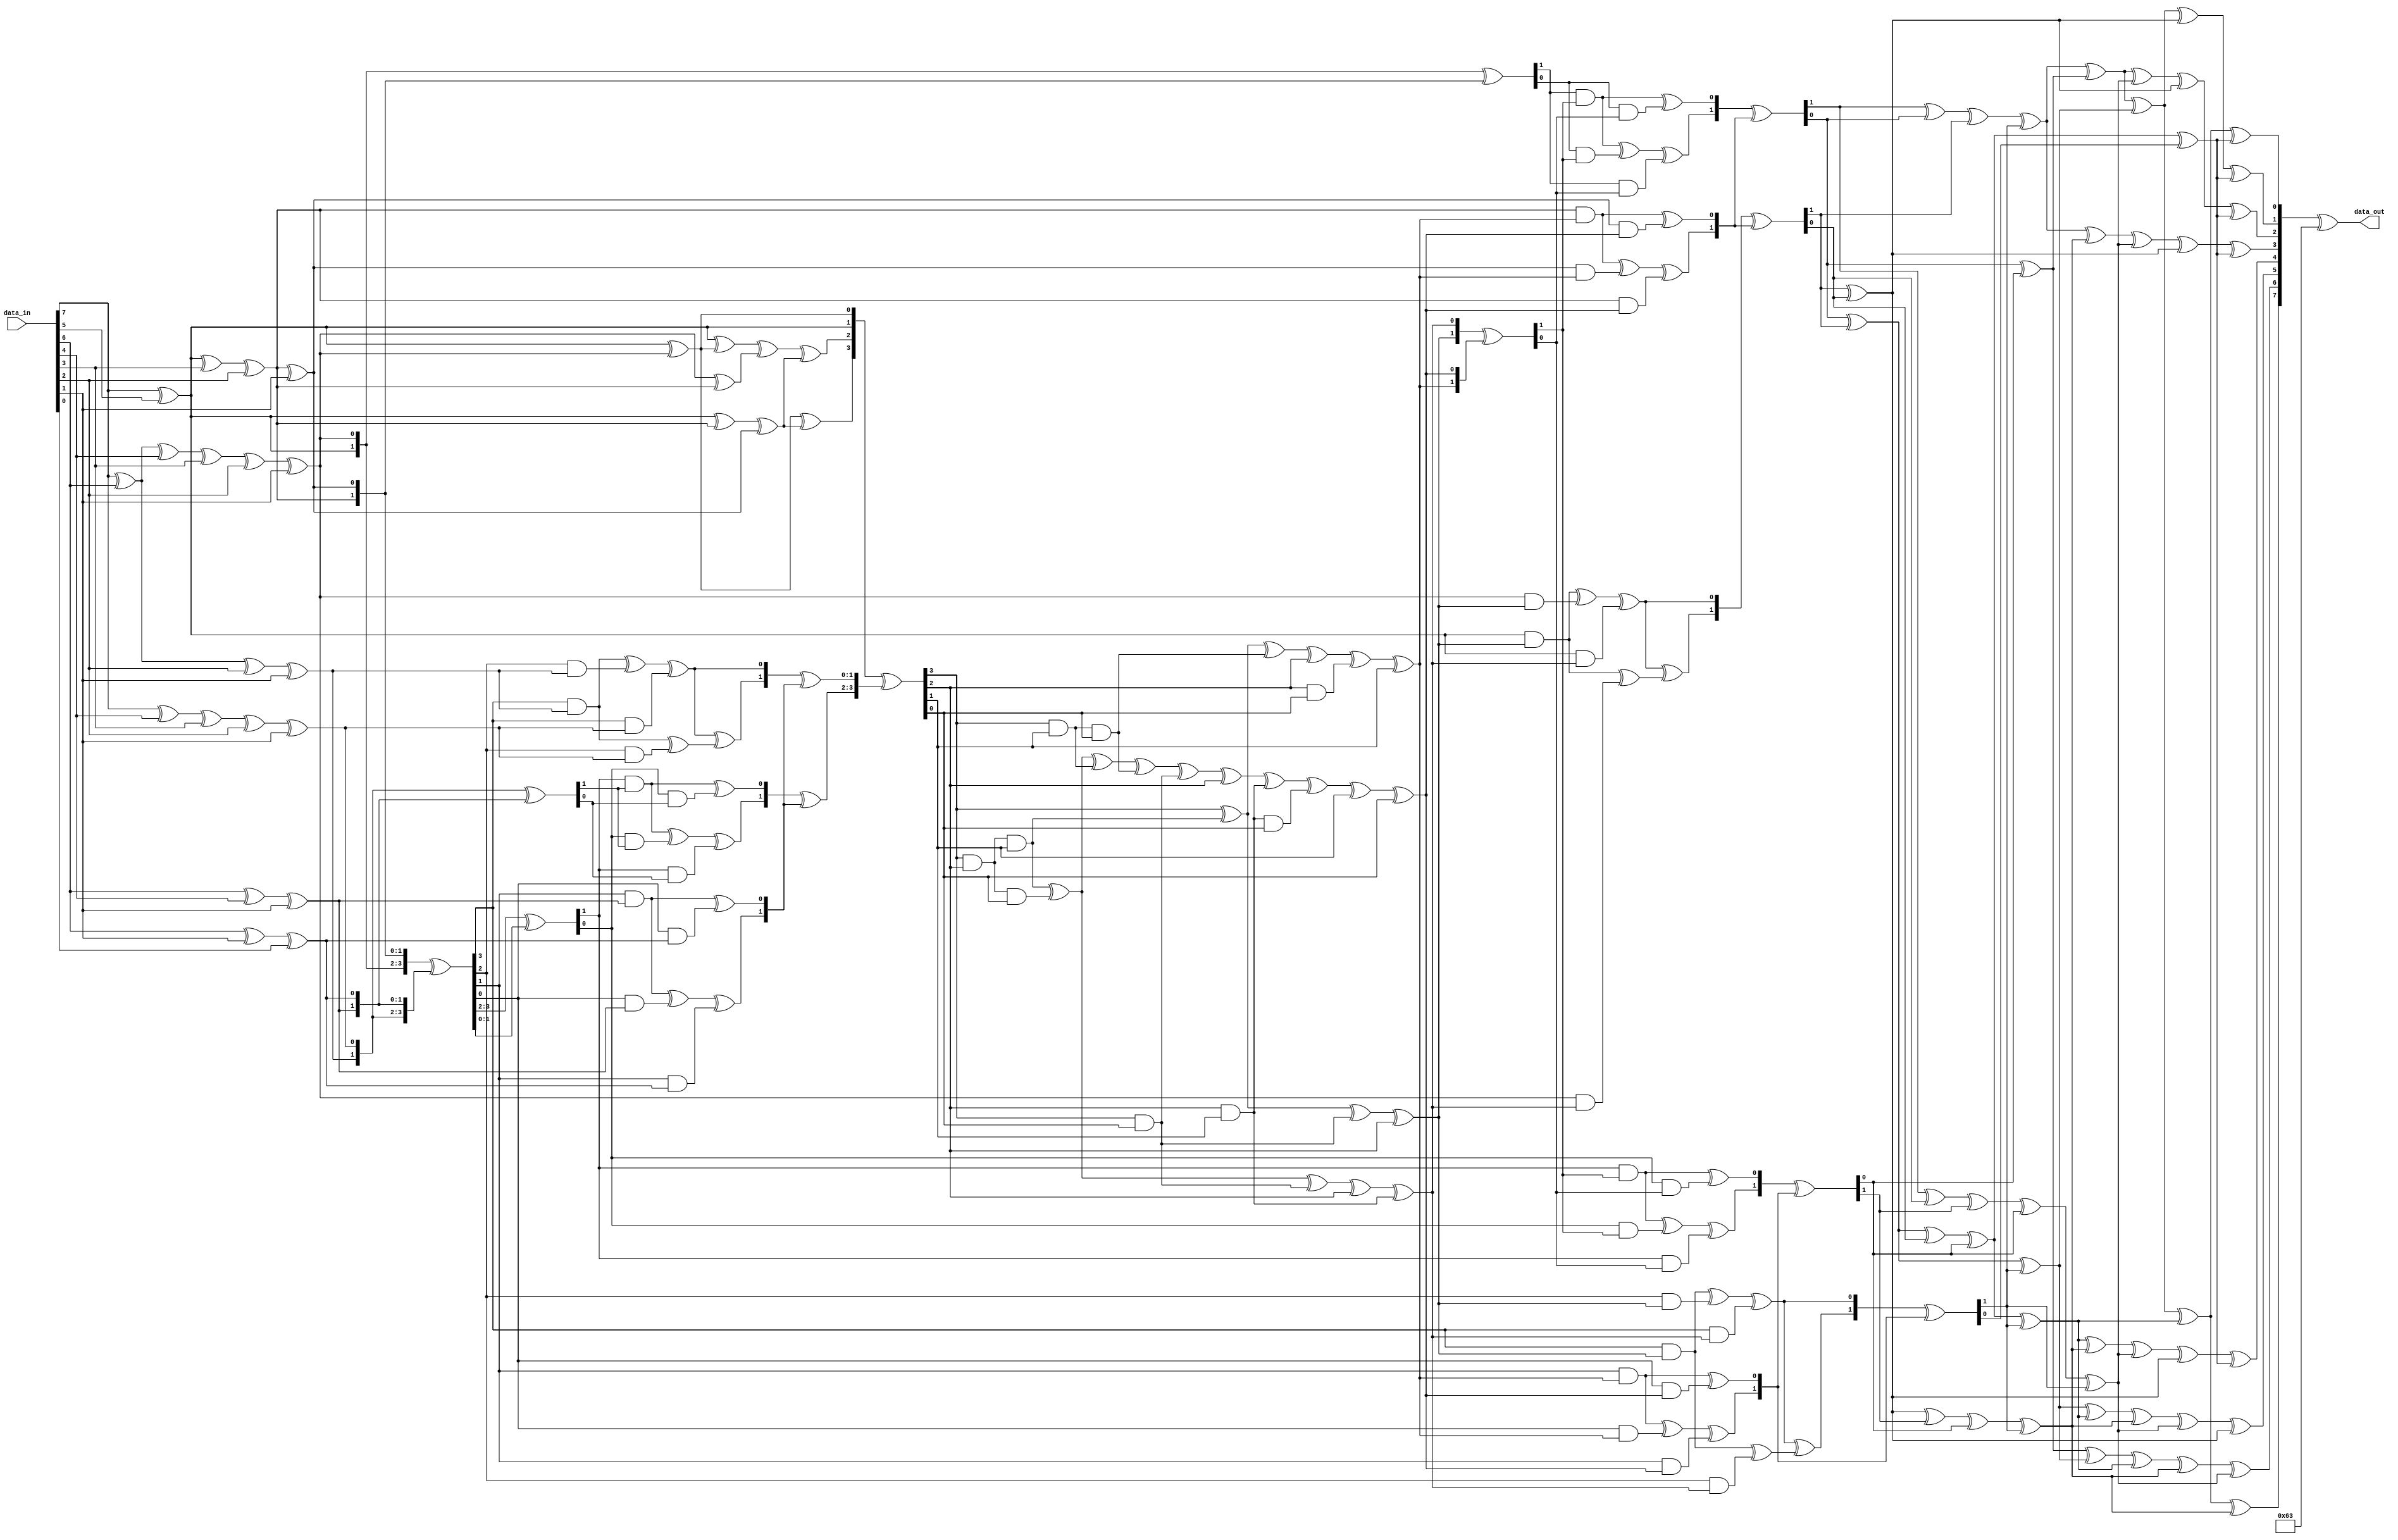
// Milos Trbic
// AES Capstone - Joseph Decuir
// Updated: 9/16/2020
// Lower level Subbyte Module. This function will conduct the byte substitution operation
// of AES encrypt on a single byte (8-bits) of data using purely logic rather than LUT
//
// UPDATES: added clock and reset to retrieve Fmax
// Made purely combinational, can still retreive Fmax from "subByteCombinationalOld" file
// COMPLETED
//
// NOTE: Developed based on "Practical Implementation of Rijndael S-Box Using Combinational Logic" paper
//	"Section" comments refers to respective section in paper used to develop respective function

module subByteCombinational
	(
	input [7:0] data_in,
	output reg [7:0] data_out
	);


	// Intermediete logic, based on Figure 3.1
	reg [7:0] init_iso;
	reg [3:0] q, w, q1, w1, x, mul2, mul3;
	
	always @(*) begin
		// Sbox Multiplicative Inversion, Figure 2.1
		init_iso = iso_map(data_in);
		q = init_iso[7:4];
		w = init_iso[3:0];
		
		q1 = mult_lambda(squarer(q));
		w1 = mult_gf2_4({(q ^ w), w});
		
		x = mult_inv_gf2_4(q1 ^ w1);
		
		mul2 = mult_gf2_4({q, x});
		mul3 = mult_gf2_4({(q ^ w), x});
		
		// Affine Transform
		data_out = aff_tf(inv_iso_map({mul2, mul3}));
	end
		
//=========================================================================

	// Functions to be used for SubByte logic implementation

	// Affine Transform, developed from matrix manipulation in Section 1.2
	function [7:0] aff_tf;
		input [7:0] in;
		
		begin
			aff_tf[7] = in[7] ^ in[6] ^ in[5] ^ in[4] ^ in[3];
			aff_tf[6] = in[6] ^ in[5] ^ in[4] ^ in[3] ^ in[2];
			aff_tf[5] = in[5] ^ in[4] ^ in[3] ^ in[2] ^ in[1];
			aff_tf[4] = in[4] ^ in[3] ^ in[2] ^ in[1] ^ in[0];
			aff_tf[3] = in[7] ^ in[3] ^ in[2] ^ in[1] ^ in[0];
			aff_tf[2] = in[7] ^ in[6] ^ in[2] ^ in[1] ^ in[0];
			aff_tf[1] = in[7] ^ in[6] ^ in[5] ^ in[1] ^ in[0];
			aff_tf[0] = in[7] ^ in[6] ^ in[5] ^ in[4] ^ in[0];
			
			aff_tf = aff_tf ^ 8'h63;
		end
	endfunction
	
	// Isomorphic mapping in GF(2^8)
	// Section 2.1
	function [7:0] iso_map;
		input [7:0] q;
		
		begin
			iso_map[7] = q[7] ^ q[5];
			iso_map[6] = q[7] ^ q[6] ^ q[4] ^ q[3] ^ q[2] ^ q[1];
			iso_map[5] = q[7] ^ q[5] ^ q[3] ^ q[2];
			iso_map[4] = q[7] ^ q[5] ^ q[3] ^ q[2] ^ q[1];
			iso_map[3] = q[7] ^ q[6] ^ q[2] ^ q[1];
			iso_map[2] = q[7] ^ q[4] ^ q[3] ^ q[2] ^ q[1];
			iso_map[1] = q[6] ^ q[4] ^ q[1];
			iso_map[0] = q[6] ^ q[1] ^ q[0];
		end
	endfunction
	
	// Inverse isomorphic mapping in GF(2^8)
	// Section 2.1
	function [7:0] inv_iso_map;
		input [7:0] q;
		
		begin
			inv_iso_map[7] = q[7] ^ q[6] ^ q[5] ^ q[1];
			inv_iso_map[6] = q[6] ^ q[2];
			inv_iso_map[5] = q[6] ^ q[5] ^ q[1];
			inv_iso_map[4] = q[6] ^ q[5] ^ q[4] ^ q[2] ^ q[1];
			inv_iso_map[3] = q[5] ^ q[4] ^ q[3] ^ q[2] ^ q[1];
			inv_iso_map[2] = q[7] ^ q[4] ^ q[3] ^ q[2] ^ q[1];
			inv_iso_map[1] = q[5] ^ q[4];
			inv_iso_map[0] = q[6] ^ q[5] ^ q[4] ^ q[2] ^ q[0];
		end
	endfunction
	
	// Squarer in GF(2^4)
	// Section 2.2.2
	function [3:0] squarer;
		input [3:0] data;
		
		begin
			squarer[3] = data[3];
			squarer[2] = data[3] ^ data[2];
			squarer[1] = data[2] ^ data[1];
			squarer[0] = data[3] ^ data[1] ^ data[0];
		end
	endfunction
		
	// Multiplication with constant, lambda, in GF(2^4)
	function [3:0] mult_lambda;
		input [3:0] data;
		
		begin
			mult_lambda[3] = data[2] ^ data[0];
			mult_lambda[2] = data[3] ^ data[2] ^ data[1] ^ data[0];
			mult_lambda[1] = data[3];
			mult_lambda[0] = data[2];
		end
	endfunction

	// Multiplication in GF(2^4)
	// Section 2.2.4, Figure 5
	// Utilizes mult_gf2 and mult_phi functions
	function [3:0] mult_gf2_4;
		input [7:0] data_in;
		
		// intermediete values
		reg [3:0] q, w; 		// splitting 8-bit input into two 4-bit pieces
		reg [1:0] mul1, mul2, mul3,  	// output of three GF(2) multiplications, mult with constant phi
					  phi_out;				// output of multiplication with constant phi
		
		begin		
			q = data_in[7:4]; // q = [q3, q2, q1, q0]
			w = data_in[3:0]; // w = [w3, w2, w1, w0]
			
			mul1 = mult_gf2({q[3:2], w[3:2]}); // top multiplication box
			mul2 = mult_gf2({(q[3:2] ^ q[1:0]), (w[3:2] ^ w[1:0])}); // middle multiplication box
			mul3 = mult_gf2({q[1:0], w[1:0]}); // bottom multiplication box

			phi_out = mult_phi(mul1);
			
			mult_gf2_4 = {(mul2 ^ mul3), (phi_out ^ mul3)};
		end
	endfunction

	// Functions to make up Multiplication in GF(2^4)

	// Multiplication in GF(2)
	// Section 2.2.5
	function [1:0] mult_gf2;
		input [3:0] data;
		
		begin
			mult_gf2[1] = (data[3] & data[1]) ^ (data[2] & data[1]) ^ (data[3] & data[0]);
			mult_gf2[0] = (data[3] & data[1]) ^ (data[2] & data[0]);
		end
	endfunction

	// Multiplication with constant, phi
	// Section 2.2.6
	function [1:0] mult_phi;
		input [1:0] data;
		
		begin
			mult_phi[1] = data[1] ^ data[0];
			mult_phi[0] = data[1];
		end
	endfunction

	// End of functions to make up Multiplication in GF(2^4)

	// Multiplicative inversion in GF(2^4)
	// Section 2.2.7
	// inv(q) = [inv(q3), inv(q2), inv(q1), inv(q0)]
	function [3:0] mult_inv_gf2_4;
		input [3:0] data;
		
		begin
			mult_inv_gf2_4[3] = data[3] ^ (data[3] & data[2] & data[1]) ^ (data[3] & data[0]) ^ data[2];
			mult_inv_gf2_4[2] = (data[3] & data[2] & data[1]) ^ (data[3] & data[2] & data[0]) ^
										(data[3] & data[0]) ^ data[2] ^ (data[2] & data[1]);
			// space for readability
			mult_inv_gf2_4[1] = data[3] ^ (data[3] & data[2] & data[1]) ^ (data[3] & data[1] & data[0]) ^
										data[2] ^ (data[2] & data[0]) ^ data[1];
			// space for readability
			mult_inv_gf2_4[0] = (data[3] & data[2] & data[1]) ^ (data[3] & data[2] & data[0]) ^
										(data[3] & data[1]) ^ (data[3] & data[1] & data[0]) ^ (data[3] & data[0])
										^ data[2] ^ (data[2] & data[1]) ^ (data[2] & data[1] & data[0]) ^ 
										data[1] ^ data[0]; 
		end
	endfunction

endmodule


// Simple testbench using example from paper
// Section 3 - Worked example
//module subByteCombinational_testbench();
//   wire [7:0] data;
//	wire [7:0] out;
//	reg clk;
//
//	assign data = 128'b00000100;
//	
//	// Set up the clock
//	parameter CLOCK_PERIOD = 100;	// simulating a toggling clock
//	initial clk = 1;
//
//	always begin
//		#(CLOCK_PERIOD/2) clk = ~clk;	// clock toggle
//	end
//
//	subByteCombinational dut(.data_in(data),.data_out(out));
//
//endmodule